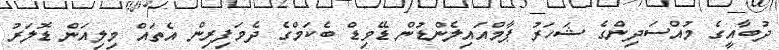
ދުބާއީގެ މުއްސަދިންގެ ޝަހަރު ޕާމްއައިލެންޑުން ޑޭވިޑް ބެކަމްގެ ދެމަފިރިން އެތައް މިލިއަން ޑޮލަރު